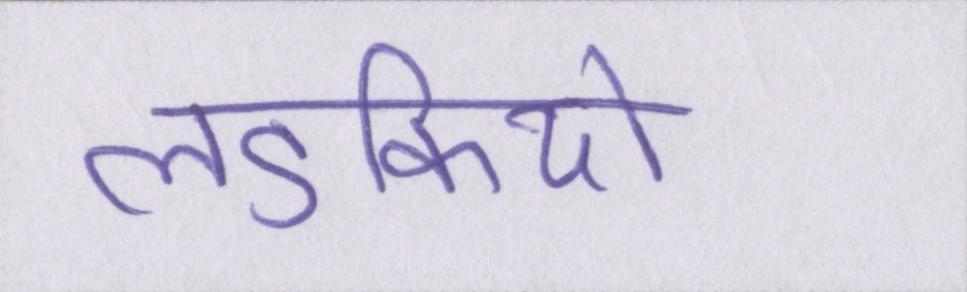
लडकियों